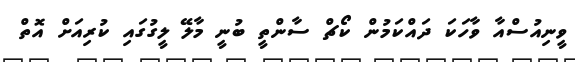
ވީނިއުސްއާ ވާހަކަ ދައްކަމުން ކޯޗް ސާންތީ ބުނީ މާލޭ ލީގުގައި ކުރިއަށް އޮތް